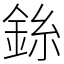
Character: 銯